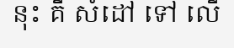
នុះ គឺ សំដៅ ទៅ លើ